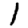
Digit: 1